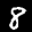
Label: 8